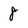
Character: 8